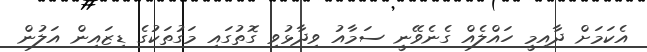
އެކަމަށް ދާއިމީ ހައްލެއް ގެނެވޭނީ ސަމާއު ވިދާޅުވި ގޮތުގައި މަގުތަކުގެ ޑިޒައިން އަލުން